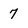
Character: 7